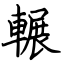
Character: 輾